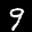
Label: 9